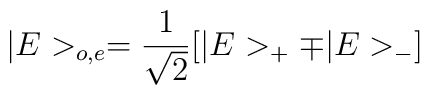
|E>_{o,e} = \frac{1}{\sqrt2}[|E>_+ \mp  |E>_-]